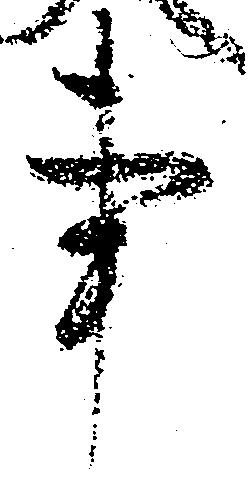
事